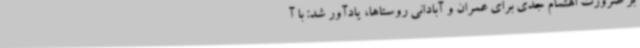
بر ضرورت اهتمام جدی برای عمران و آبادانی روستاها، یادآور شد: با آ